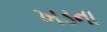
ખડના